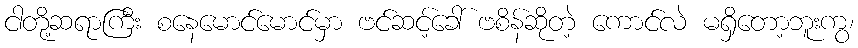
ငါတို့ဆရာကြီး စနေမောင်မောင်မှာ ဗင်ဆင့်ခေါ် ဗစိန်ဆိုတဲ့ ကောင်လဲ မရှိတော့ဘူးကွ၊